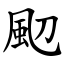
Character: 䫸